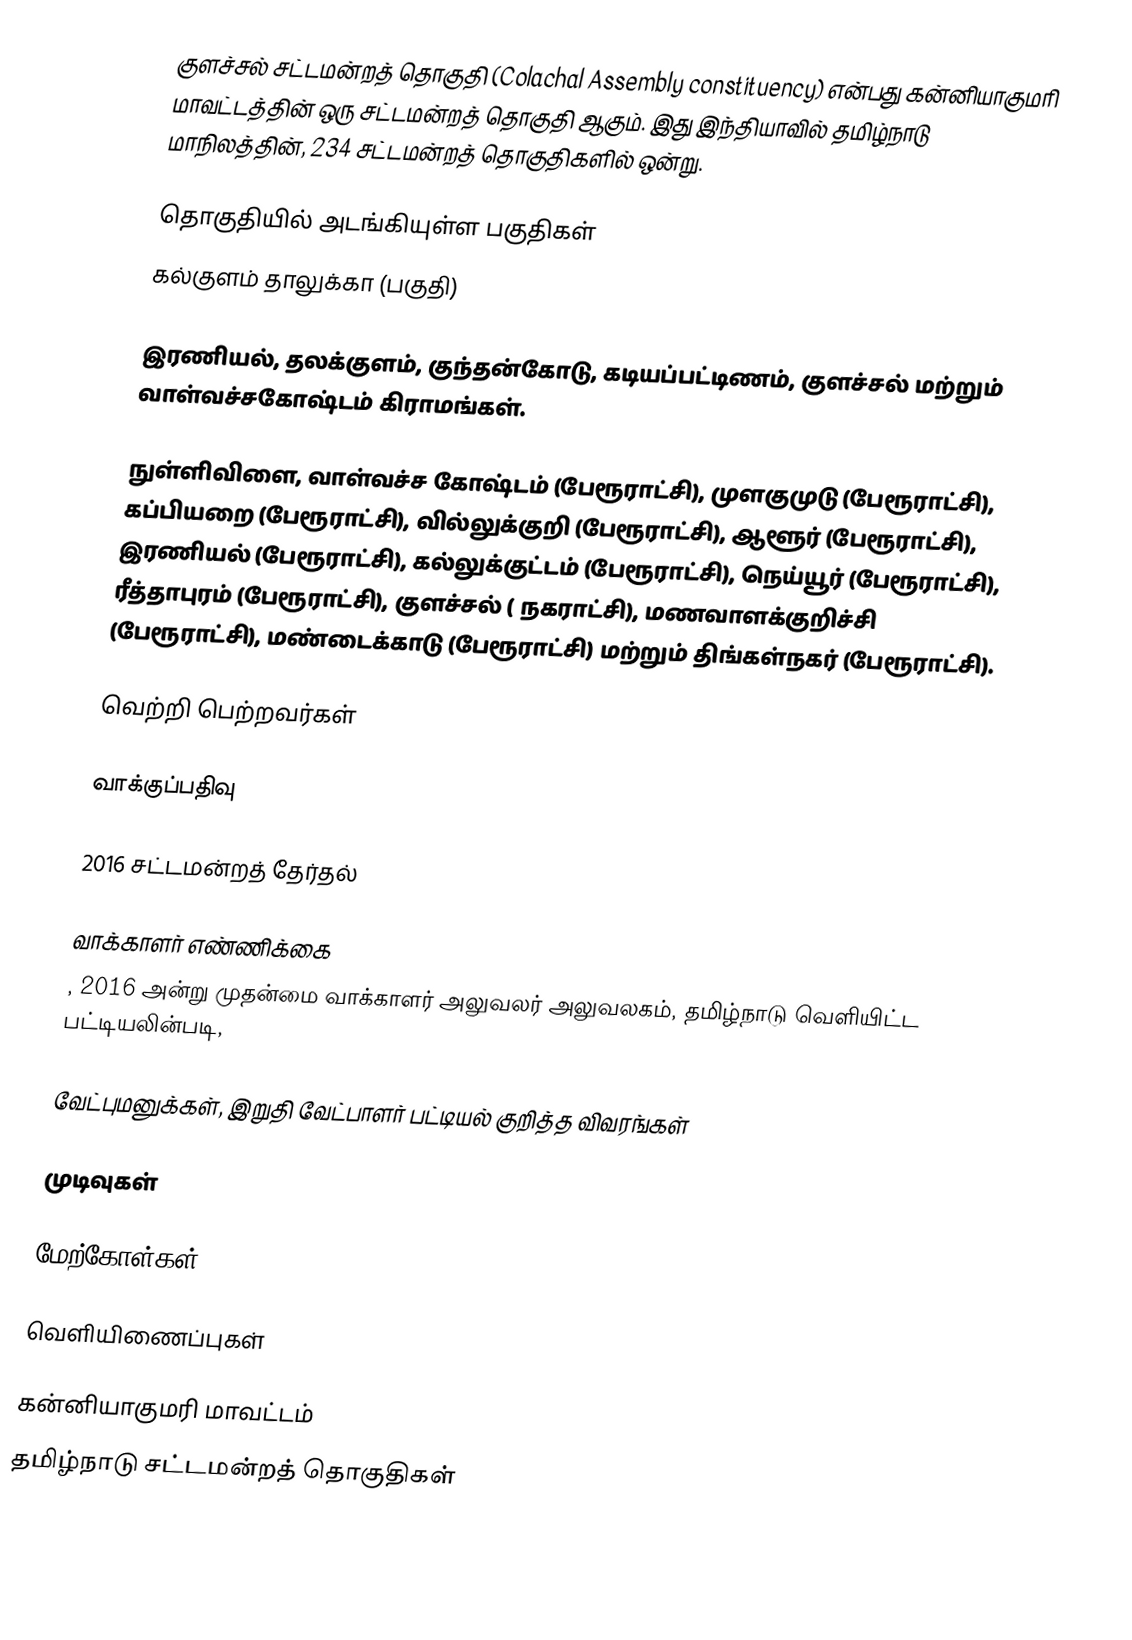
குளச்சல் சட்டமன்றத் தொகுதி (Colachal Assembly constituency) என்பது கன்னியாகுமரி மாவட்டத்தின் ஒரு சட்டமன்றத் தொகுதி ஆகும். இது இந்தியாவில் தமிழ்நாடு மாநிலத்தின், 234 சட்டமன்றத் தொகுதிகளில் ஒன்று.

தொகுதியில் அடங்கியுள்ள பகுதிகள்
கல்குளம் தாலுக்கா (பகுதி)

இரணியல், தலக்குளம், குந்தன்கோடு, கடியப்பட்டிணம், குளச்சல் மற்றும் வாள்வச்சகோஷ்டம் கிராமங்கள்.

நுள்ளிவிளை, வாள்வச்ச கோஷ்டம் (பேரூராட்சி), முளகுமுடு (பேரூராட்சி), கப்பியறை (பேரூராட்சி), வில்லுக்குறி (பேரூராட்சி), ஆளூர் (பேரூராட்சி), இரணியல் (பேரூராட்சி), கல்லுக்குட்டம் (பேரூராட்சி), நெய்யூர் (பேரூராட்சி), ரீத்தாபுரம் (பேரூராட்சி), குளச்சல் ( நகராட்சி), மணவாளக்குறிச்சி (பேரூராட்சி), மண்டைக்காடு (பேரூராட்சி) மற்றும் திங்கள்நகர் (பேரூராட்சி).

வெற்றி பெற்றவர்கள்

வாக்குப்பதிவு

2016 சட்டமன்றத் தேர்தல்

வாக்காளர் எண்ணிக்கை
, 2016 அன்று முதன்மை வாக்காளர் அலுவலர் அலுவலகம், தமிழ்நாடு வெளியிட்ட பட்டியலின்படி,

வேட்புமனுக்கள், இறுதி வேட்பாளர் பட்டியல் குறித்த விவரங்கள்

முடிவுகள்

மேற்கோள்கள்

வெளியிணைப்புகள்

கன்னியாகுமரி மாவட்டம்
தமிழ்நாடு சட்டமன்றத் தொகுதிகள்